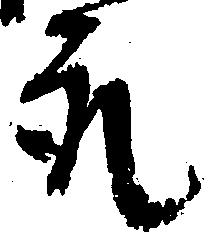
取